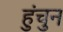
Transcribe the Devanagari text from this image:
हुंचुन